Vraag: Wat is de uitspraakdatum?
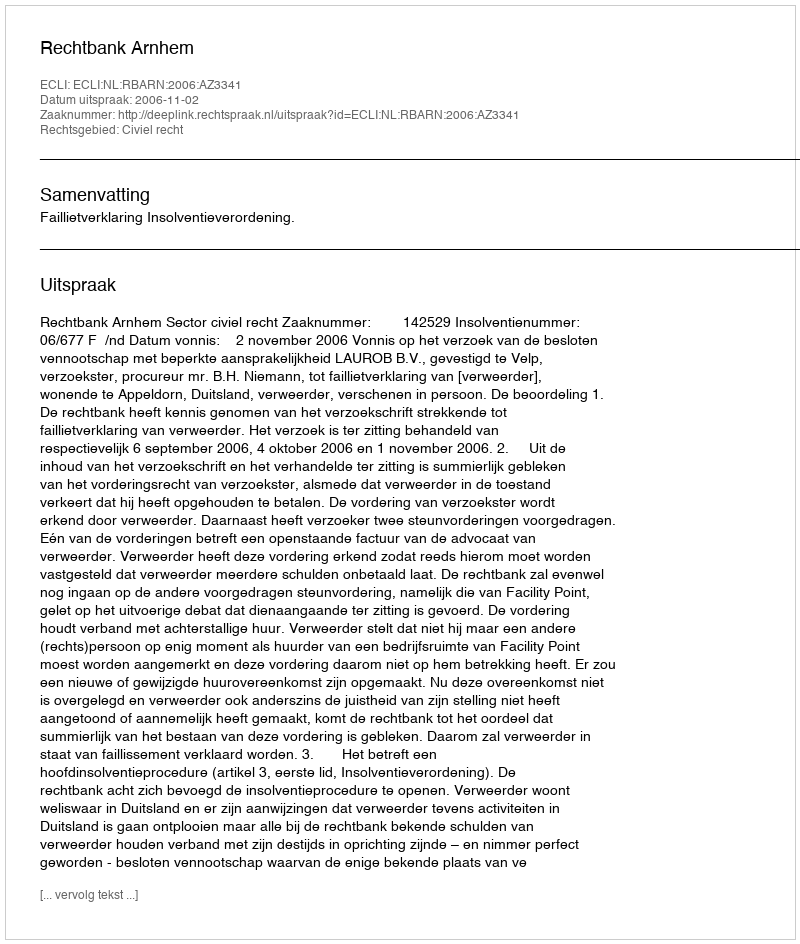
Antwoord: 2006-11-02